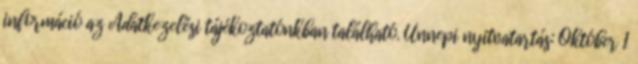
információ az Adatkezelési tájékoztatónkban található. Ünnepi nyitvatartás: Október 1